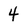
Character: 4